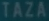
TAZA